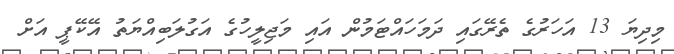
މިދިޔަ 13 އަހަރުގެ ތެރޭގައި ދަމަހައްޓަމުން އައި މަޖިލީހުގެ އަގުލަބިއްޔަތު އޭކޭޕީ އަށް